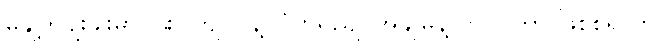
မုနျ့ဟငျးခါးမှာ ငါးပွုတျ၊ ပဲနဲ့၊ ငံပွာရညျ၊ အချိုမှုန့် ဘဲ ပါတာ ဖြစ်စရာက